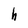
Character: h